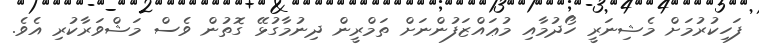
ފަހިކުރުމަށް މެޝިނަރީ ހޯދުމާއި މުޢައްޒަފުންނަށް ތަމްރީން ދިނުމާގުޅޭ ގޮތުން ވެސް މަޝްވަރާކުރި އެވެ.